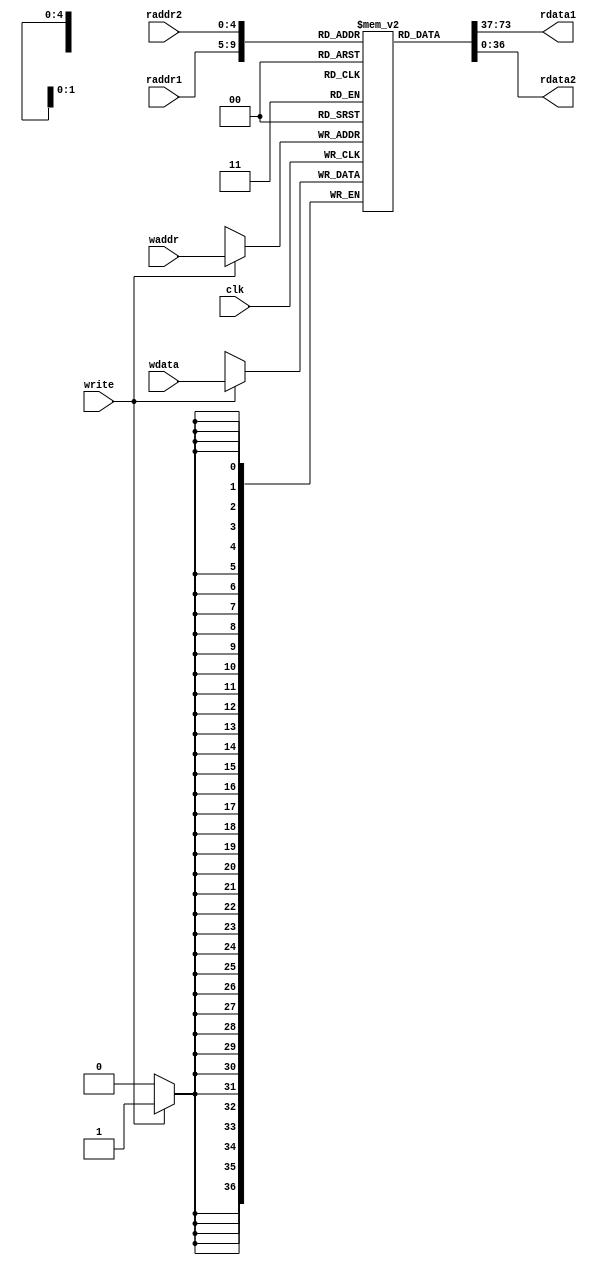
//
// This is a simple memory model for the lcd controller
//
// This memory is a 32x64 that will be used for a single FIFO
//


module mem32x64(input clk,input [4:0] waddr, 
    input [36:0] wdata, input write,
    input [4:0] raddr1,input [4:0] raddr2, output [36:0] rdata1,output [36:0] rdata2);


reg [36:0] mem[0:31];
    
reg [36:0] rdatax1,rdatax2;

wire [36:0] w0,w1,w2,w3,w4,w5,w6,w7;
assign w0=mem[0];
assign w1=mem[1];
assign w2=mem[2];
assign w3=mem[31];
assign w4 =mem[16];
assign rdata1 = rdatax1;
assign rdata2 = rdatax2;

always @(*) begin
  rdatax1 <= mem[raddr1];
  rdatax2 <= mem[raddr2];
end

always @(posedge(clk)) begin
  if(write) begin
    mem[waddr]<= wdata;
  end
end

endmodule
module mem32x64_DP (input clk,input [4:0] waddr1,input [4:0] waddr2,  
    input [36:0] wdata1,input [36:0] wdata2, input write,
    input [4:0] raddr1,input [4:0] raddr2, output [36:0] rdata1,output [36:0] rdata2);
    
reg [36:0] mem[0:31];
    
reg [36:0] rdatax1,rdatax2;

wire [36:0] w0,w1,w2,w3,w4,w5,w6,w7;
assign w0=mem[0];
assign w1=mem[1];
assign w2=mem[2];
assign w3=mem[31];
assign w4 =mem[16];
assign rdata1 = rdatax1;
assign rdata2 = rdatax2;

always @(*) begin
  rdatax1 <= mem[raddr1];
  rdatax2 <= mem[raddr2];
end

always @(posedge(clk)) begin
  if(write) begin
    mem[waddr1]<= wdata1;
    mem[waddr2]<= wdata2;
  end
end
endmodule
module mem32x64_SR (input clk,input [4:0] waddr1,input [4:0] waddr2,  
    input [36:0] wdata1,input [36:0] wdata2, input write,
    input [4:0] raddr1, output [36:0] rdata1);
    
reg [36:0] mem[0:31];
    
reg [36:0] rdatax1,rdatax2;

wire [36:0] w0,w1,w2,w3,w4,w5,w6,w7;
assign w0=mem[0];
assign w1=mem[8];
assign w2=mem[2];
assign w3=mem[31];
assign w4 =mem[20];
assign rdata1 = rdatax1;


always @(*) begin
  rdatax1 <= mem[raddr1];
  
end

always @(posedge(clk)) begin
  if(write) begin
    mem[waddr1]<= wdata1;
    mem[waddr2]<= wdata2;
  end
end
endmodule